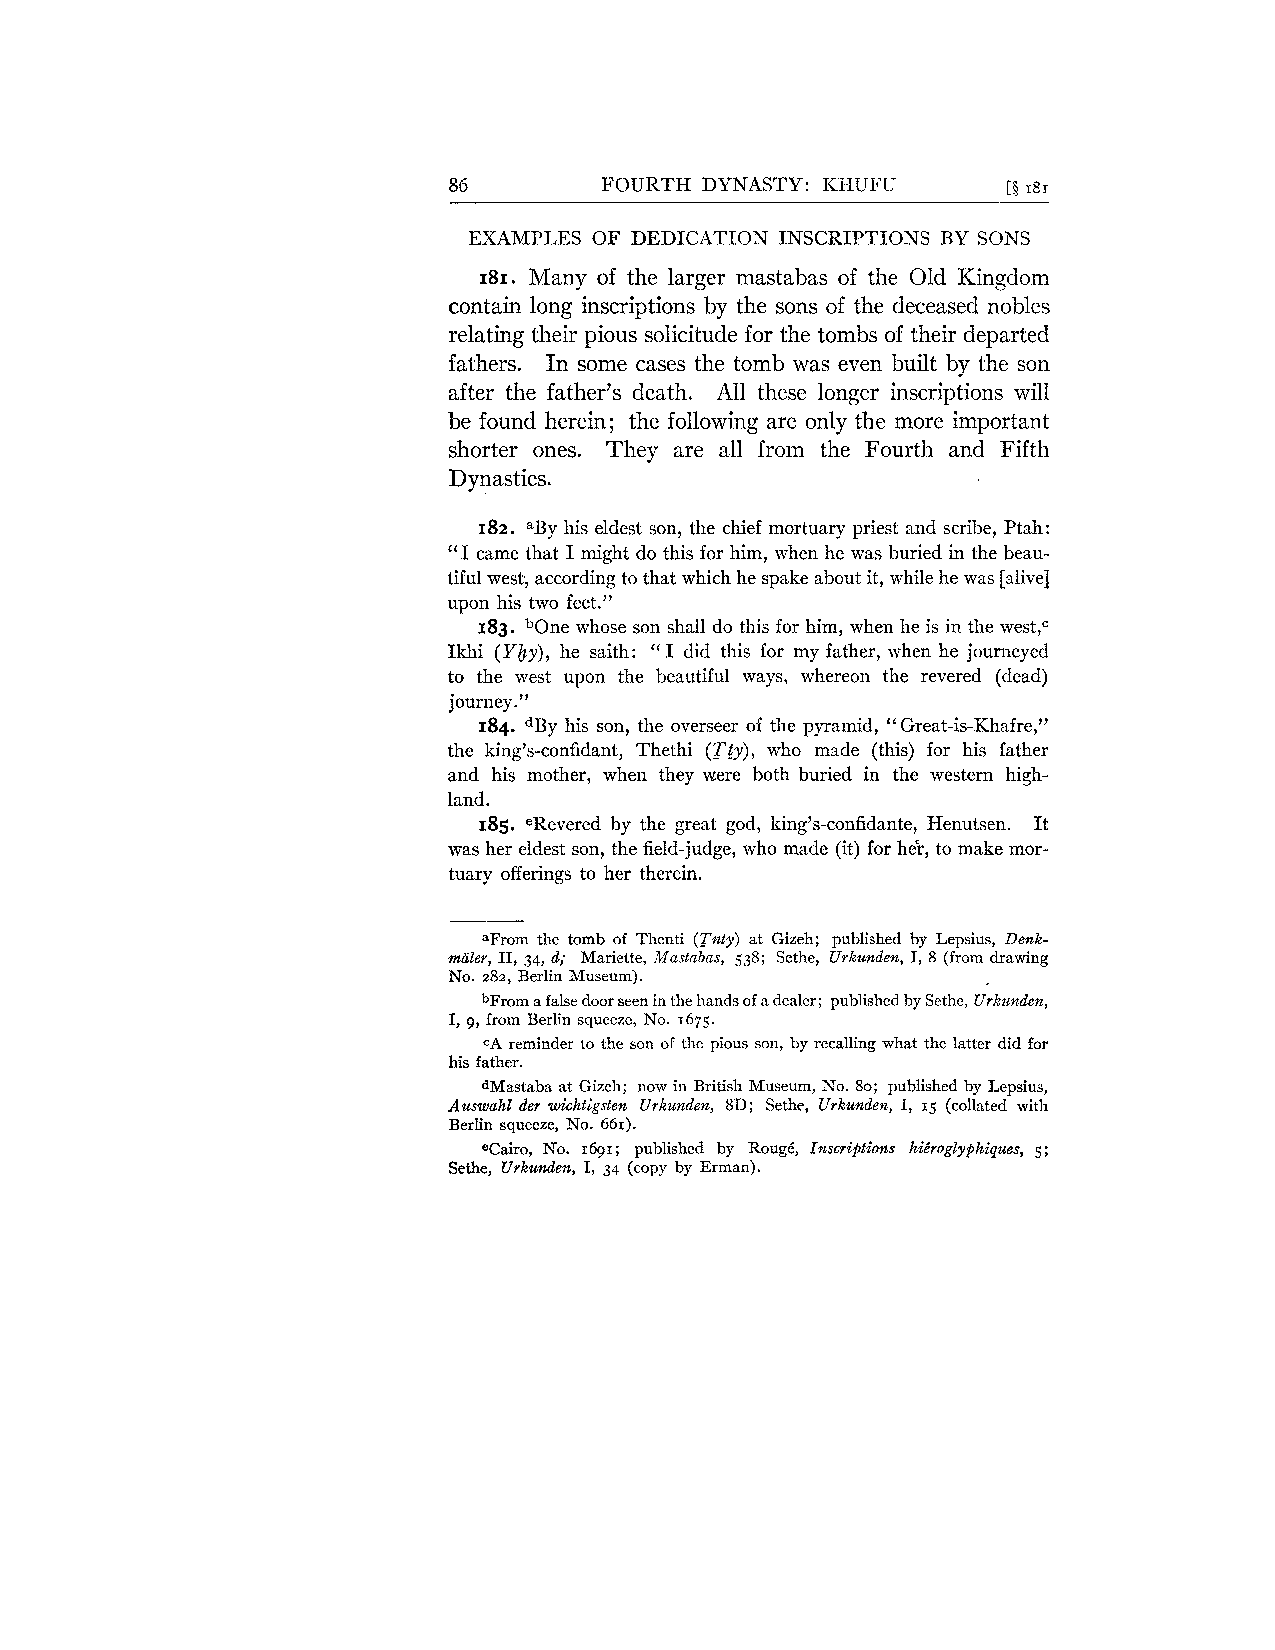
86        FOURTH DYNASTY: ICHUFU     [$18r
 EXAMPLES OF DEDICATION INSCRIPTIONS BY SONS
 181. Many of the larger mastabas of the Old Kingdom
 contain long inscriptions by the sons of the deceased nobles
 relating tlieir pious solicitude for the tombs of their departed
 fathers. In some cases the tomb was even built by the son
 after the father's death. All these longer inscriptions will
 be found herein; the following are only the more important
 shorter ones. They are all from the Fourth and Fifth
 Dynasties.
 182. "By his eldest son, the chief mortuary priest and scribe, Ptah:
 "I came that I might do this for him, when he was buried in the beau-
 tiful west, according to that which he spake about it, while he was [alive]
 upon his two feet."
 183. bone whose son shall do this for him, when he is in the west,c
 Ikhi (Yby), he saith: "I did this for my father, when he journeyed
 to the west upon the beautiful ways, whereon the revered (dead)
 journey ."
 184. dBy his son, the overseer of the pyramid, "Great-is-Khafre,"
 the king's-confidant, Thethi (Tgy), who made (this) for his father
 and his mother, when they mere both buried in the western high-
 land.
 185. eRevered by the great god, king's-confidante, Henutsen. It
 was her eldest son, the field-judge, who made (it) for her, to make mor-
 tuary offerings to her therein.
 aFrom the tomb of Thenti (Tnty) at Gizeh; published by Lepsius, Denk-
 mazer, 11, 34, d; Mariette, Mastabas, 538; Sethe, Urkunden, I, 8 (from drawing
 No. 282, Berlin Museum).
 bFrom a false door seen in the hands of a dealer; published by Sethe, Urkunden,
 I, g, from Berlin squeeze, No. 1675.
 cA reminder to the son of the pious son, by recalling what the latter did for
 his father.
 dMastaba at Gizeh; now in British Museum, No. 80; published by Lepsius,
 Auswahl der wichtigsten Urkunden, 8D; Sethe, Urkunden, I, 15 (collated with
 Berlin squeeze, No. 661).
 Cairo, No. 1691; published by RougC, Inscriptions hi6roglyphiques, 5;
 Sethe, Urkunden, I, 34 (copy by Erman).